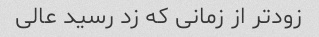
زودتر از زمانی که زد رسید عالی